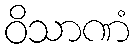
ဝိသာဏံ